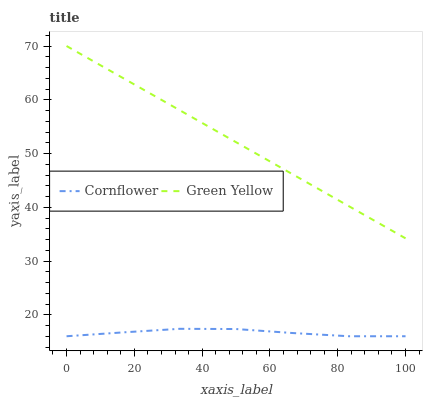
| xaxis_label | Cornflower | Green Yellow |
 | --- | --- | --- |
 | 0 | 16 | 70 |
 | 16.7 | 16.7 | 64 |
 | 33.3 | 17.4 | 58.1 |
 | 50 | 17.3 | 52.1 |
 | 66.7 | 16.6 | 46.1 |
 | 83.3 | 16 | 40.2 |
 | 100 | 16 | 34.2 |